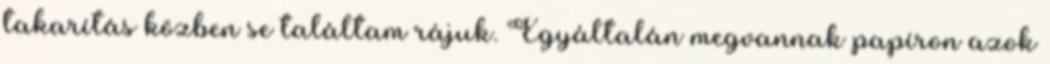
takarítás közben se találtam rájuk. Egyáltalán megvannak papíron azok